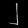
Digit: ၂